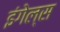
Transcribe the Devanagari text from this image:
इंगेल्स